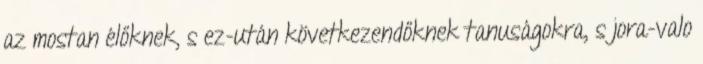
az mostan élőknek, s ez-után következendőknek tanuságokra, s jora-valo